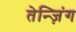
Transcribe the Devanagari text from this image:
तेन्ज़िंग